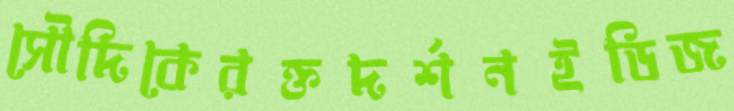
সৌদিকেরক্তদর্শনইডিজ